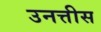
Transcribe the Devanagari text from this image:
उनत्तीस